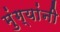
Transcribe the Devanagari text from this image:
मुंग्यांनी